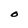
Character: O